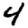
Digit: 4